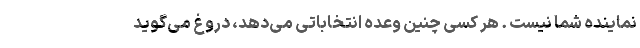
نماینده شما نیست . هر کسی چنین وعده‌ انتخاباتی می‌دهد، دروغ می‌گوید